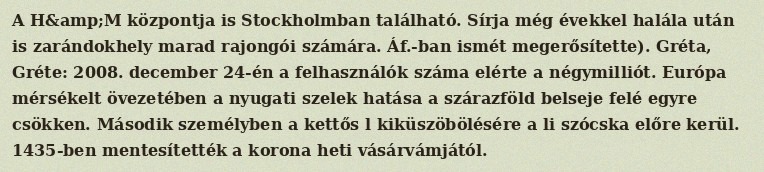
A H&amp;M központja is Stockholmban található. Sírja még évekkel halála után is zarándokhely marad rajongói számára. Áf.-ban ismét megerősítette). Gréta, Gréte: 2008. december 24-én a felhasználók száma elérte a négymilliót. Európa mérsékelt övezetében a nyugati szelek hatása a szárazföld belseje felé egyre csökken. Második személyben a kettős l kiküszöbölésére a li szócska előre kerül. 1435-ben mentesítették a korona heti vásárvámjától.